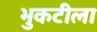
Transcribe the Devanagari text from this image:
भुकटीला